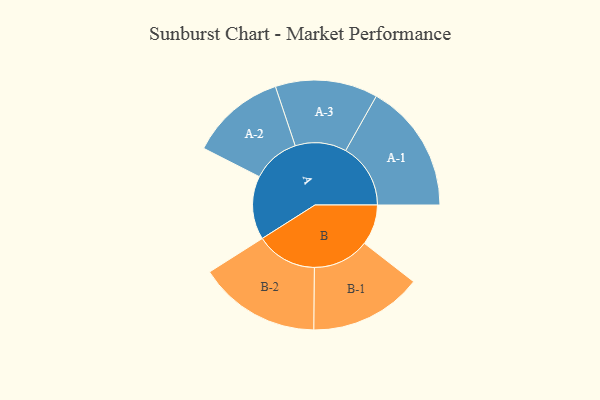
{"axis": {"x": "Segment", "y": "Value"}, "legend": ["", "A", "B"], "data": [{"x": "A", "y": 284, "type": ""}, {"x": "B", "y": 181, "type": ""}, {"x": "A-1", "y": 290, "type": "A"}, {"x": "A-2", "y": 213, "type": "A"}, {"x": "A-3", "y": 229, "type": "A"}, {"x": "B-1", "y": 252, "type": "B"}, {"x": "B-2", "y": 273, "type": "B"}]}